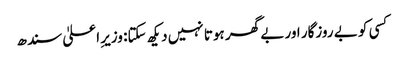
کسی کو بے روزگار اور بے گھر ہوتا نہیں دیکھ سکتا: وزیرِ اعلیٰ سندھ